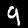
Label: 9